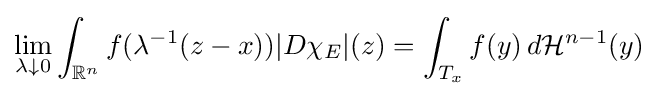
\lim _{\lambda \downarrow 0}\int _{\mathbb {R} ^{n}}f(\lambda ^{-1}(z-x))|D\chi _{E}|(z)=\int _{T_{x}}f(y)\,d{\mathcal {H}}^{n-1}(y)